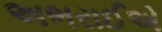
અભરાઈએ